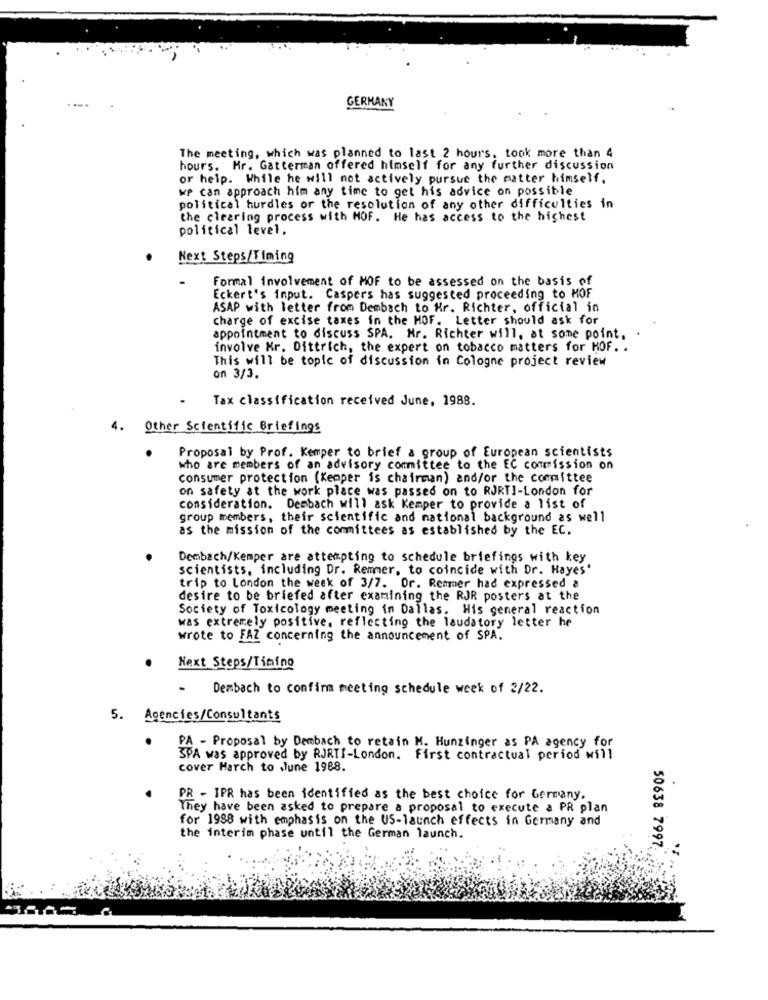
GERMANY
The meeting, which was planned to last 2 hours, took more than 4
hours. Mr. Gatterman offered himself for any further discussion
or help. While he will not actively pursue the matter himself.
we can approach him any time to get his advice on possible
political hurdles or the resolution of any other difficulties in
the clearing process with NOF. He has access to the highest
political level.
Next Steps/Timing
Formal involvement of MOF to be assessed on the basis of
Eckert's input. Caspers has suggested proceeding to MOF
ASAP with letter from Dembach to Hr. Richter, official in
charge of excise taxes in the HOF. Letter should ask for
appointment to discuss SPA. Nr. Richter will, at some point,
involve Kr. Dittrich, the expert on tobacco matters for HOF. .
This will be topic of discussion in Cologne project review
on 3/3.
Tax classification received June, 1988.
4. Other Scientific Briefings
Proposal by Prof. Kemper to brief a group of European scientists
who are members of an advisory committee to the EC commission on
consumer protection (Kemper is chairman) and/or the committee
on safety at the work place was passed on to RJRTI-London for
consideration. Dembach will ask Kemper to provide a list of
group members, their scientific and national background as well
as the mission of the committees as established by the EC.
Dembach/Kemper are attempting to schedule briefings with key
scientists, including Dr. Remmer, to coincide with Dr. Hayes'
trip to London the week of 3/7. Or. Remmer had expressed a
desire to be briefed after examining the RJR posters at the
Society of Toxicology meeting in Dallas. His general reaction
was extremely positive, reflecting the laudatory letter he
wrote to FAZ concerning the announcement of SPA.
Next Steps/Timino
-
Dembach to confirm meeting schedule week of 2/22.
5. Agencies/Consultants
PA - Proposal by Dembach to retain M. Hunzinger as PA agency for
SPA was approved by RJRTI-London. First contractual period will
cover March to June 1988.
PR - IPR has been identified as the best choice for Germany.
They have been asked to prepare a proposal to execute a PR plan
for 1988 with emphasis on the US-launch effects in Germany and
the interim phase until the German launch.
50638 7997